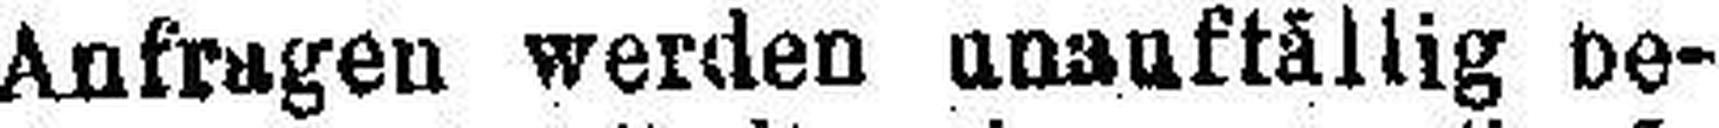
Anfragen werden unauffällig be¬